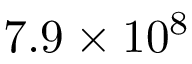
7 . 9 \times 1 0 ^ { 8 }